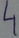
Text: 4